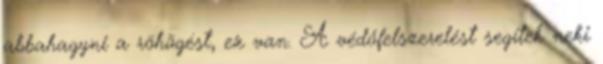
abbahagyni a röhögést, ez van. A védőfelszerelést segítek neki